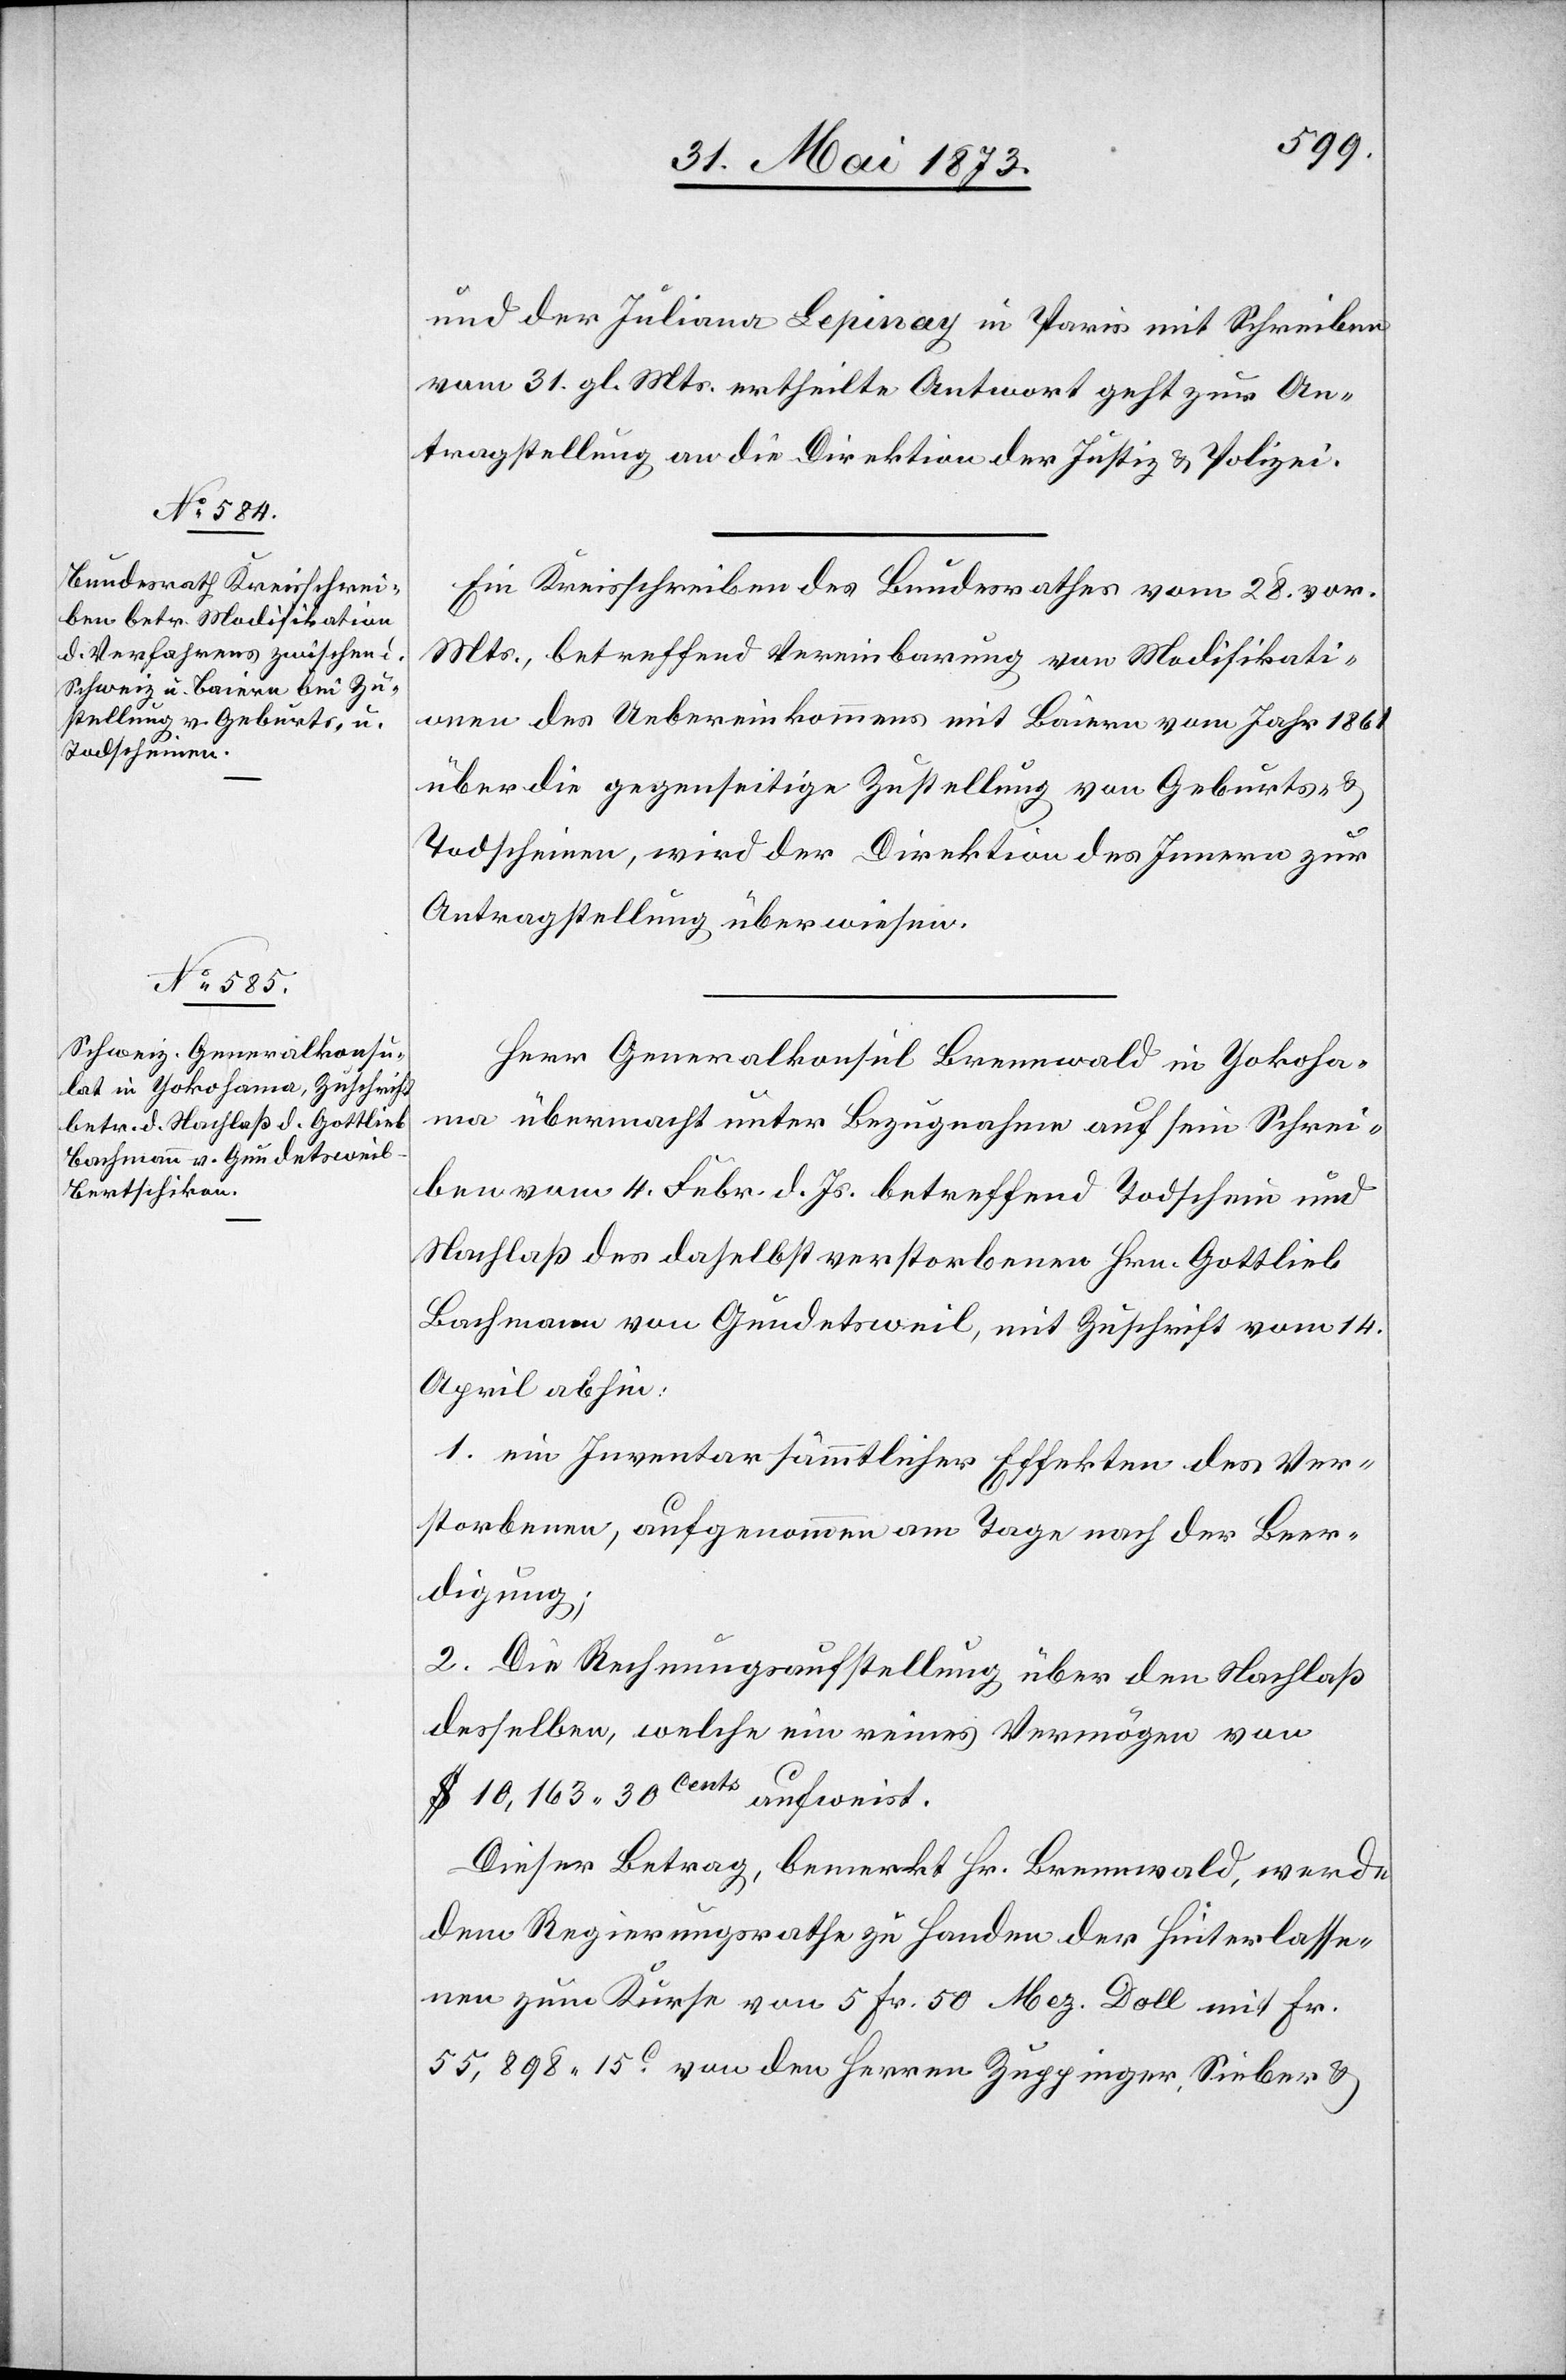
3. Juni 1873]
und der Juliana Lepinay in Paris mit Schreiben
vom 31. gl. Mts. ertheilte Antwort geht zur An¬
tragstellung an die Direktion der Justiz & Polizei.
Ein Kreisschreiben des Bundesrathes vom 28. vor.
Mts., betreffend Vereinbarung von Modifikati¬
onen des Uebereinkommens mit Baiern vom Jahr 1861
über die gegenseitige Zustellung von Geburts- &
Todscheinen, wird der Direktion des Innern zur
Antragstellung überwiesen.
Herr Generalkonsul Brennwald in Yokoha¬
ma übermacht unter Bezugnahme auf sein Schrei¬
ben vom 4. Febr. d. Js. betreffend Todschein und
Nachlaß des daselbst verstorbenen Hrn. Gottlieb
Bachmann von Gundetsweil, mit Zuschrift vom 14.
April abhin:
1. ein Inventar sämmtlicher Effekten des Ver¬
storbenen, aufgenommen am Tage nach der Beer¬
digung;
2. Die Rechnungsaufstellung über den Nachlaß
desselben, welche ein reines Vermögen von
$ 10,163 30 Cents aufweist.
Dieser Betrag, bemerkt Hr. Brennwald, werde
dem Regierungsrathe zu Handen der Hinterlasse¬
nen zum Kurse vom 5 Fr. 50 Mez. Doll mit Fr.
55,898 15C von den Herren Zuppinger, Sieber &